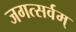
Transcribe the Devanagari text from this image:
जगत्सर्वम्